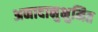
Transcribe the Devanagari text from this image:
अनादानुभुमित